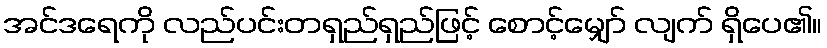
အင်ဒရေကို လည်ပင်းတရှည်ရှည်ဖြင့် စောင့်မျှော် လျက် ရှိပေ၏။